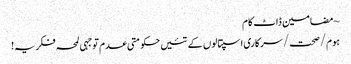
~ مضامین ڈاٹ کام
ہوم/صحت/سرکاری اسپتالوں کے تئیں حکومتی عدم توجہی لمحہ فکریہ!